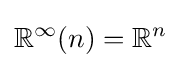
\mathbb {R} ^{\infty }(n)=\mathbb {R} ^{n}